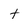
Character: t